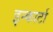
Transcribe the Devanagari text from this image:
इन्कार्टा